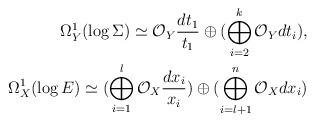
LaTeX: \begin{align*}\Omega^1_Y(\log \Sigma)\simeq\mathcal{O}_Y \frac{dt_1}{t_1} \oplus (\bigoplus_{i=2}^k \mathcal{O}_Y dt_i), \\\Omega^1_X(\log E)\simeq(\bigoplus_{i=1}^l \mathcal{O}_X \frac{dx_i}{x_i})\oplus(\bigoplus_{i=l+1}^n \mathcal{O}_X dx_i)\end{align*}